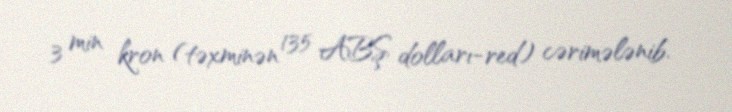
3 min kron (təxminən 135 ABŞ dolları-red) cərimələnib.